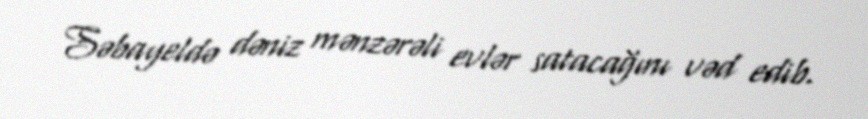
Səbayeldə dəniz mənzərəli evlər satacağını vəd edib.